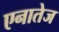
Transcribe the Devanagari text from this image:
एनातेज